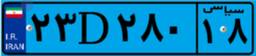
۲۵D۲۲۶۱۱